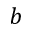
b